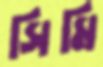
সিমি